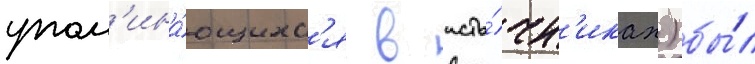
упом'ина́ющихс'я в исто́чн'иках) бы́л